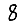
Digit: 8